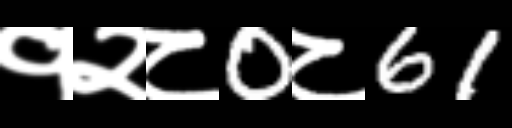
Text: १२८0८61